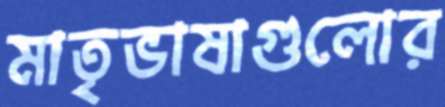
মাতৃভাষাগুলোর